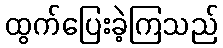
ထွက်ပြေးခဲ့ကြသည်